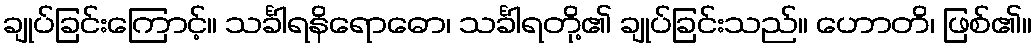
ချုပ်ခြင်းကြောင့်။ သင်္ခါရနိရောဓော၊ သင်္ခါရတို့၏ ချုပ်ခြင်းသည်။ ဟောတိ၊ ဖြစ်၏။